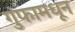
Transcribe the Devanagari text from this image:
गुंफामधून